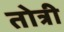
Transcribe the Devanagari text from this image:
तोत्री